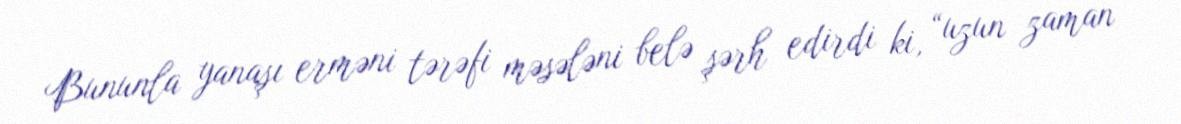
Bununla yanaşı erməni tərəfi məsələni belə şərh edirdi ki, “uzun zaman